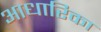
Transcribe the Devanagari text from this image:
आधारिका